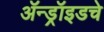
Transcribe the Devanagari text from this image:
ॲन्ड्रॉइडचे